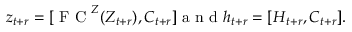
\boldsymbol z _ { t + r } = [ \mathrm { ~ F ~ C ~ } ^ { \boldsymbol Z } ( \boldsymbol Z _ { t + r } ) , \boldsymbol C _ { t + r } ] \mathrm { ~ a ~ n ~ d ~ } \boldsymbol h _ { t + r } = [ \boldsymbol H _ { t + r } , \boldsymbol C _ { t + r } ] .